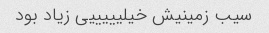
سیب زمینیش خیلیییییی زیاد بود